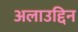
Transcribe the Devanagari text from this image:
अलाउद्दिन